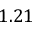
1 . 2 1